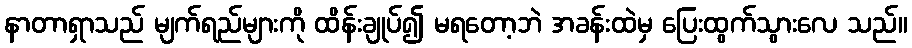
နာတာရှာသည် မျက်ရည်များကို ထိန်းချုပ်၍ မရတော့ဘဲ အခန်းထဲမှ ပြေးထွက်သွားလေ သည်။